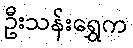
ဦးသန်းရွှေက